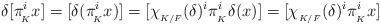
LaTeX: \begin{align*}\delta[\pi_{\!_K}^ix]=[\delta(\pi_{\!_K}^ix)]=[\chi_{_{K/F}}(\delta)^i\pi_{_K}^i\delta(x)]=[\chi_{_{K/F}}(\delta)^i\pi_{_K}^ix]\end{align*}